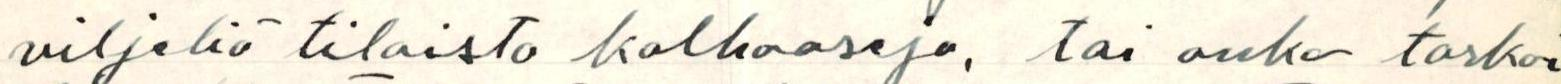
viljeliä tiloista kolhooseja, tai onko tarkoi